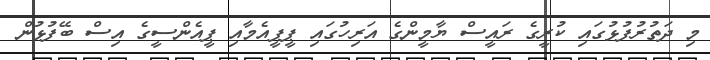
މި ދަތުރުފުޅުގައި ކުރީގެ ރައީސް ޔާމީންގެ އަރިހުގައި ޕީޕީއެމާއި ޕީއެންސީގެ އިސް ބޭފުޅުން